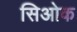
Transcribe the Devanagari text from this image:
सिओक